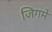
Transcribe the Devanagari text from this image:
जिगमे